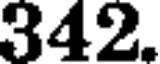
342.